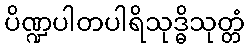
ပိဏ္ဍပါတပါရိသုဒ္ဓိသုတ္တံ